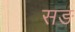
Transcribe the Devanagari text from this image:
सङ